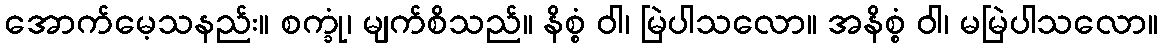
အောက်မေ့သနည်း။ စက္ခုံ၊ မျက်စိသည်။ နိစ္စံ ဝါ၊ မြဲပါသလော။ အနိစ္စံ ဝါ၊ မမြဲပါသလော။